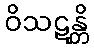
ဝိသဋန္တိ